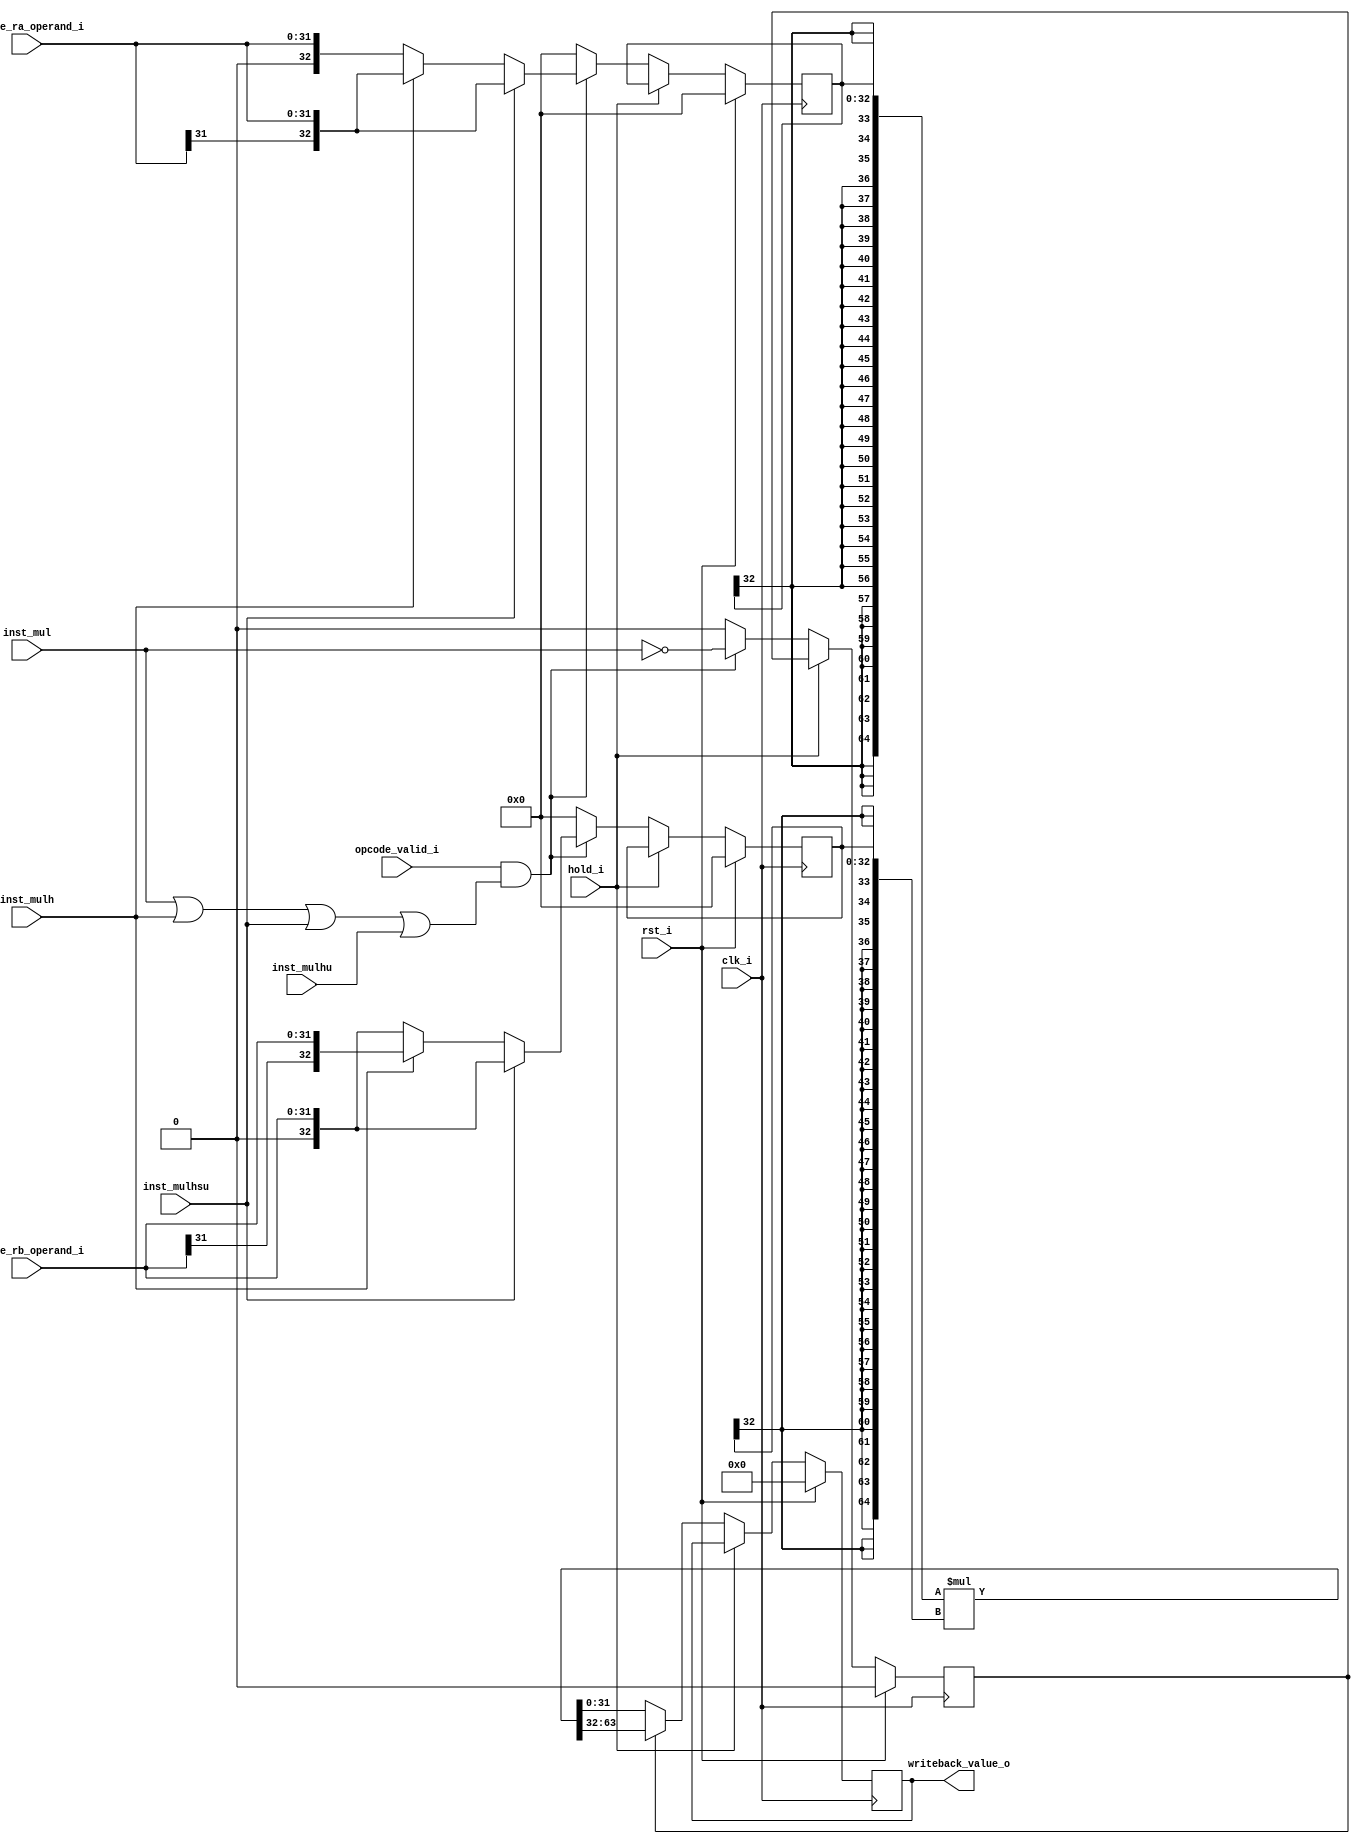
module riscv_multiplier
(
    // Inputs
     input           clk_i
    ,input           rst_i
    ,input           opcode_valid_i
    ,input           inst_mul
    ,input           inst_mulh
    ,input           inst_mulhsu
    ,input           inst_mulhu

    ,input  [ 31:0]  opcode_ra_operand_i
    ,input  [ 31:0]  opcode_rb_operand_i
    ,input           hold_i

    // Outputs
    ,output [ 31:0]  writeback_value_o
);



//-----------------------------------------------------------------
// Includes
//-----------------------------------------------------------------
//`include "riscv_defs.v"

localparam MULT_STAGES = 2; // 2 or 3

//-------------------------------------------------------------
// Registers / Wires
//-------------------------------------------------------------
reg  [31:0]  result_e2_q;
reg  [31:0]  result_e3_q;

reg [32:0]   operand_a_e1_q;
reg [32:0]   operand_b_e1_q;
reg          mulhi_sel_e1_q;

//-------------------------------------------------------------
// Multiplier
//-------------------------------------------------------------
wire [64:0]  mult_result_w;
reg  [32:0]  operand_b_r;
reg  [32:0]  operand_a_r;
reg  [31:0]  result_r;

wire mult_inst_w    = (inst_mul)     || 
                      (inst_mulh)    ||
                      (inst_mulhsu)  ||
                      (inst_mulhu);


always @ *
begin
    if (inst_mulhsu)
        operand_a_r = {opcode_ra_operand_i[31], opcode_ra_operand_i[31:0]};
    else if (inst_mulh)
        operand_a_r = {opcode_ra_operand_i[31], opcode_ra_operand_i[31:0]};
    else // MULHU || MUL
        operand_a_r = {1'b0, opcode_ra_operand_i[31:0]};
end

always @ *
begin
    if (inst_mulhsu)
        operand_b_r = {1'b0, opcode_rb_operand_i[31:0]};
    else if (inst_mulh)
        operand_b_r = {opcode_rb_operand_i[31], opcode_rb_operand_i[31:0]};
    else // MULHU || MUL
        operand_b_r = {1'b0, opcode_rb_operand_i[31:0]};
end


// Pipeline flops for multiplier
always @(posedge clk_i)
if (rst_i)
begin
    operand_a_e1_q <= 33'b0;
    operand_b_e1_q <= 33'b0;
    mulhi_sel_e1_q <= 1'b0;
end
else if (hold_i)
    ;
else if (opcode_valid_i && mult_inst_w)
begin
    operand_a_e1_q <= operand_a_r;
    operand_b_e1_q <= operand_b_r;
    mulhi_sel_e1_q <= ~(inst_mul);
end
else
begin
    operand_a_e1_q <= 33'b0;
    operand_b_e1_q <= 33'b0;
    mulhi_sel_e1_q <= 1'b0;
end

assign mult_result_w = {{ 32 {operand_a_e1_q[32]}}, operand_a_e1_q}*{{ 32 {operand_b_e1_q[32]}}, operand_b_e1_q};

always @ *
begin
    result_r = mulhi_sel_e1_q ? mult_result_w[63:32] : mult_result_w[31:0];
end

always @(posedge clk_i)
if (rst_i)
    result_e2_q <= 32'b0;
else if (~hold_i)
    result_e2_q <= result_r;

always @(posedge clk_i)
if (rst_i)
    result_e3_q <= 32'b0;
else if (~hold_i)
    result_e3_q <= result_e2_q;

assign writeback_value_o  = (MULT_STAGES == 3) ? result_e3_q : result_e2_q;


endmodule